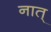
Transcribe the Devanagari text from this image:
नात्